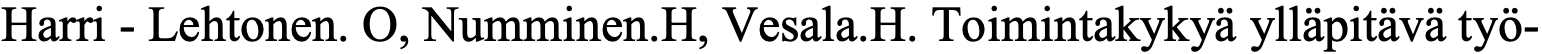
Harri - Lehtonen. O, Numminen.H, Vesala.H. Toimintakykyä ylläpitävä työ-